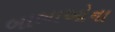
બાબાઓના